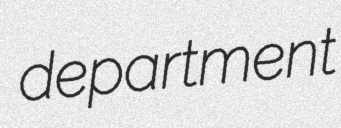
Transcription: department